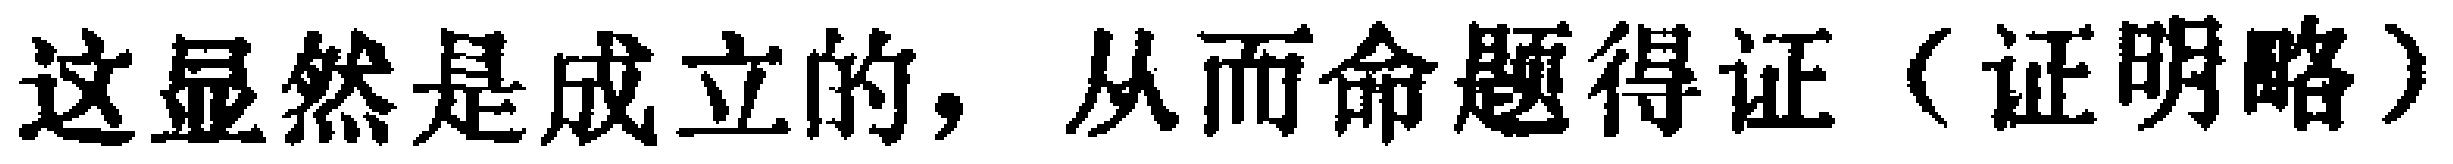
这显然是成立的，从而命题得证（证明略）